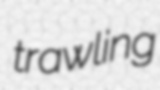
trawling